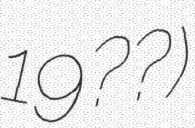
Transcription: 19??)